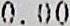
0.00